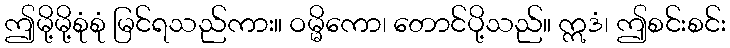
ဤမို့မို့စုံစုံ မြင်ရသည်ကား။ ဝမ္မိကော၊ တောင်ပို့သည်။ ဣဒံ၊ ဤစင်းစင်း